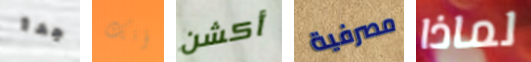
جدا أنك أكشن مصرفية لماذا